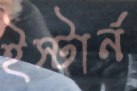
ইস্টার্ন